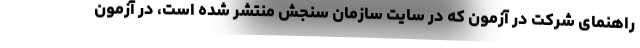
راهنمای شرکت در آزمون که در سایت سازمان سنجش منتشر شده است، در آزمون